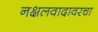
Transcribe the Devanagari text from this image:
नक्षलवादावरचा